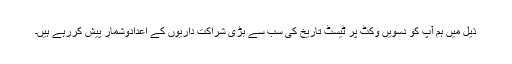
ذیل میں ہم آپ کو دسویں وکٹ پر ٹیسٹ تاریخ کی سب سے بڑی شراکت داریوں کے اعدادوشمار پیش کررہے ہیں۔